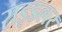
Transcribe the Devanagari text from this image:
राइडलर